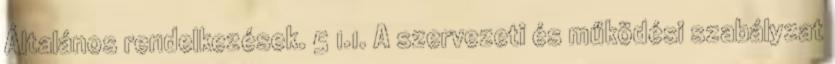
Általános rendelkezések. 5 1.1. A szervezeti és működési szabályzat